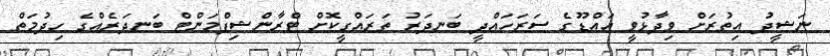
ނަޝީދު އިތުރަށް ވިދާޅުވީ އައްޑޫގެ ސަރަހައްދީ ބަނދަރު ތަރައްގީކޮށް ޓްރާންޝިޕްމަންޓް ބަނދަރެއްގެ ހިދުމަތް